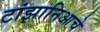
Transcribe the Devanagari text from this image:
टांझानिआचे